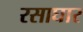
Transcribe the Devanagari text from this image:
रसाघार